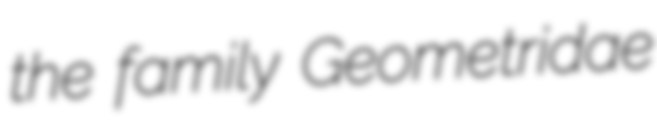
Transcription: the family Geometridae